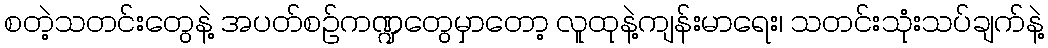
စတဲ့သတင်းတွေနဲ့ အပတ်စဉ်ကဏ္ဍတွေမှာတော့ လူထုနဲ့ကျန်းမာရေး၊ သတင်းသုံးသပ်ချက်နဲ့